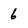
Character: 6